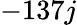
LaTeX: -137j